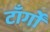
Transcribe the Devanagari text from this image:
टाँर्गों